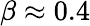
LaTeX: \beta\approx 0.4